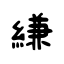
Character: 縑